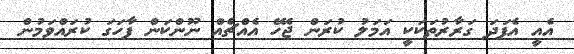
އެއީ އެފަދަ ގަރާރުތަކަކީ އަމަލު ކުރަން ޖެހޭ އެއްޗެއް ނޫންކަން ފާހަގަ ކުރައްވަމުން